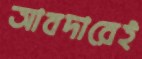
আবদারেই